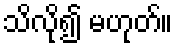
သိလို၍ မဟုတ်။